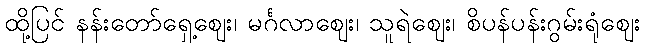
ထို့ပြင် နန်းတော်ရှေ့ဈေး၊ မင်္ဂလာဈေး၊ သူရဲဈေး၊ စိပန်ပန်းဂွမ်းရုံဈေး